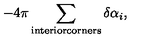
- 4 \pi \sum _ { \mathrm { i n t e r i o r c o r n e r s } } \delta \alpha _ { i } ,